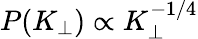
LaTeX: P(K_{\perp})\propto K_{\perp}^{-1/4}